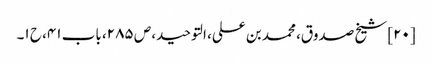
[۲۰] شیخ صدوق، محمد بن علی، التوحید، ص ۲۸۵، باب ۴۱، ح ۱۔